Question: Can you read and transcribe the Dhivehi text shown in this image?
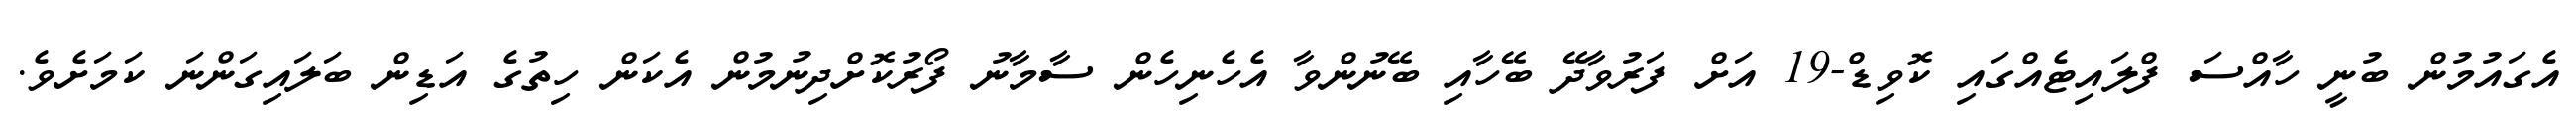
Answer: އެގައުމުން ބުނީ ހާއްސަ ފްލައިޓެއްގައި ކޮވިޑް-19 އަށް ފަރުވާދޭ ބޭހާއި ބޭނުންވާ އެހެނިހެން ސާމާނު ފޯރުކޮށްދިނުމުން އެކަން ހިތުގެ އަޑިން ބަލައިގަންނަ ކަމަށެވެ.